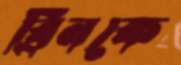
ব্রিনকে